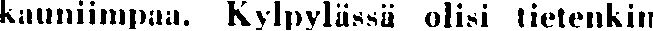
kauniimpaa. Kylpylässä olisi tietenkin